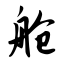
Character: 舱